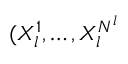
( X _ { l } ^ { 1 } , \dots , X _ { l } ^ { N ^ { l } }